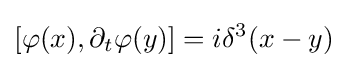
[\varphi (x),\partial _{t}\varphi (y)]=i\delta ^{3}(x-y)